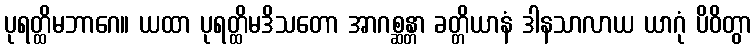
ပုရတ္ထိမဘာဂေ။ ယထာ ပုရတ္ထိမဒိသတော အာဂစ္ဆန္တာ ခတ္တိယာနံ ဒါနသာလာယ ယာဂုံ ပိဝိတွာ